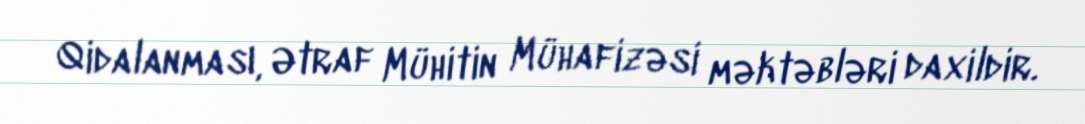
Qidalanması, Ətraf Mühitin Mühafizəsi məktəbləri daxildir.